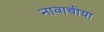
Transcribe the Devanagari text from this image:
नावाचीया